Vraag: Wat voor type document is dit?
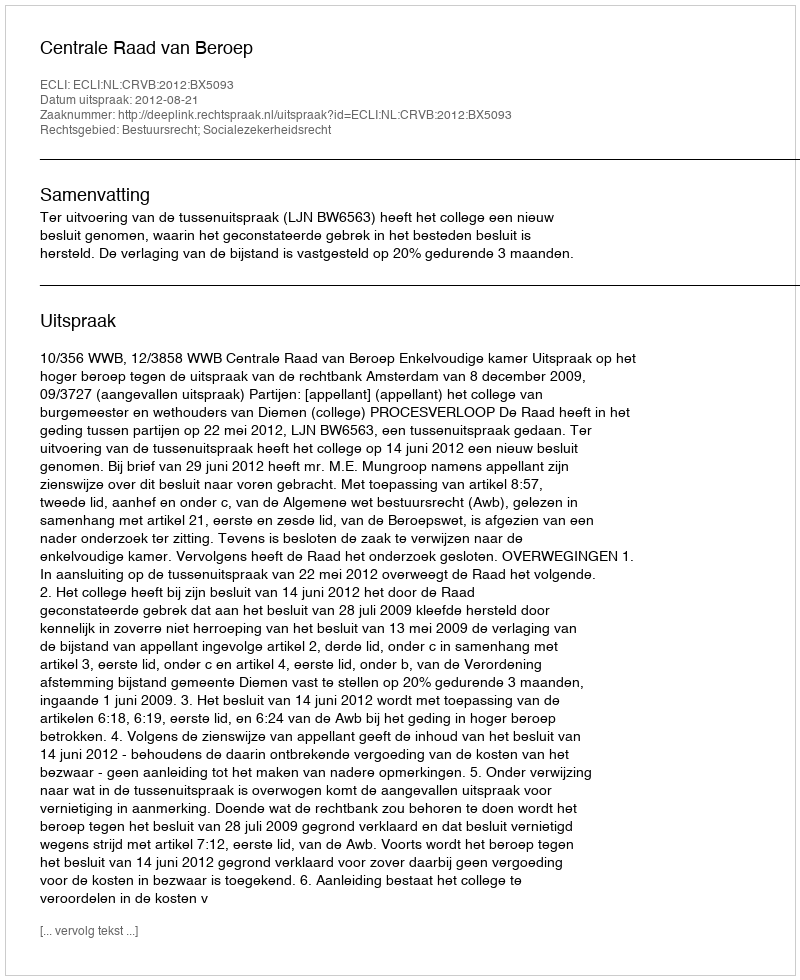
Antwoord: Uitspraak